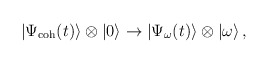
\begin{align*} |\Psi_{\rm coh}(t)\rangle\otimes|0\rangle \rightarrow |\Psi_\omega (t)\rangle\otimes|\omega\rangle\,,\end{align*}